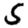
Digit: 5